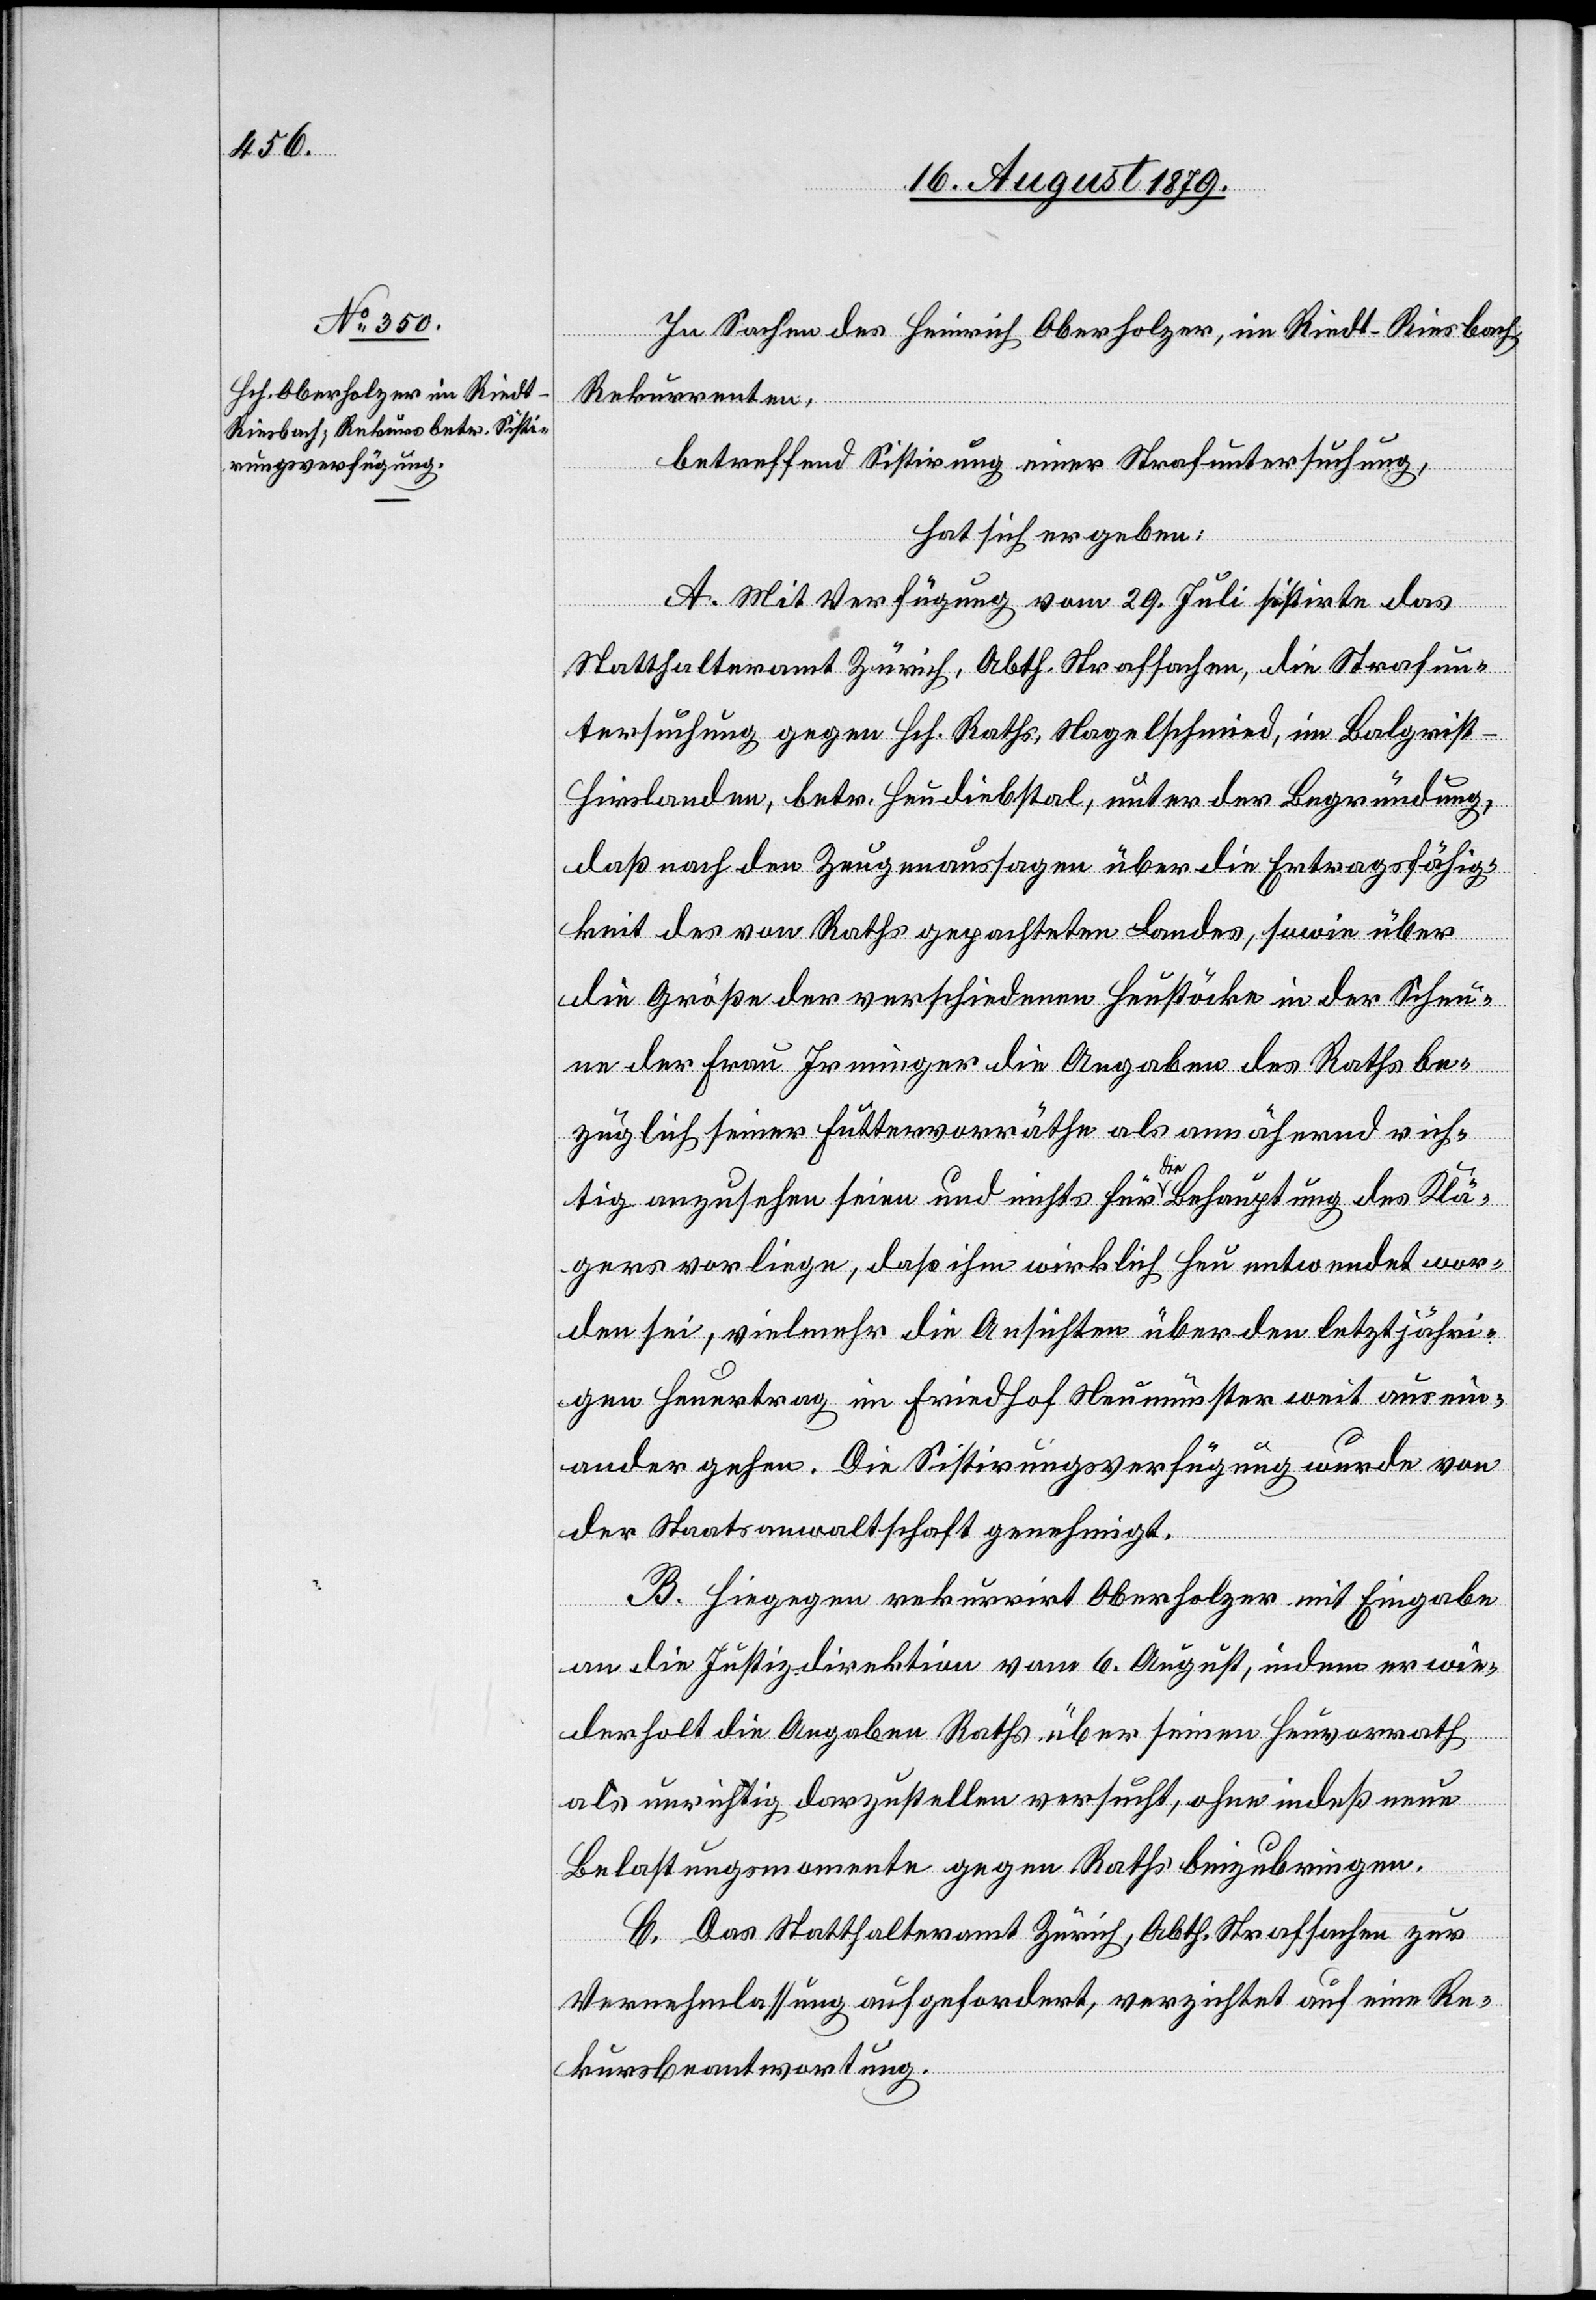
In Sachen des Heinrich Oberholzer, im Riedt - Riesbach,
Rekurrenten,
betreffend Sistirung einer Strafuntersuchung,
hat sich ergeben:
A. Mit Verfügung vom 29. Juli sistirte das
Statthalteramt Zürich, Abth. Strafsachen, die Strafun¬
tersuchung gegen Hch. Raths, Nagelschmied, im Balgrist
Hirslanden, betr. Heudiebstal, unter der Begründung,
daß nach den Zeugenaussagen über die Ertragsfähig¬
keit des von Raths gepachteten Landes, sowie über
die Größe der verschiedenen Heustöcke in der Scheu¬
ne der Frau Irminger die Angaben des Rathes be¬
züglich seiner Futtervorräthe als annähernd rich¬
tig anzusehen seien und nichts für die Behauptung des Klä¬
gers vorliege, daß ihm wirklich Heu entwendet wor¬
den sei, vielmehr die Ansichten über den letztjähri¬
gen Heuertrag im Friedhof Neumünster weit ausein¬
ander gehen. Die Sistirungsverfügung wurde von
der Staatsanwaltschaft genehmigt.
B. Hiegegen rekurrirt Oberholzer mit Eingabe
an die Justizdirektion vom 6. August, indem er wie¬
derholt die Angaben Raths über seinen Heuvorrath
als unrichtig darzustellen versucht, ohne indeß neue
Belastungsmomente gegen Raths beizubringen.
C. Das Statthalteramt Zürich, Abth. Strafsachen zur
Vernehmlassung aufgefordert, verzichtet auf eine Re¬
kursbeantwortung.